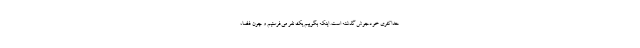
حداکثری خودجوش گذشته است. اینکه بگوییم یک نفر می‌فرستیم و چون فضا،